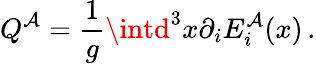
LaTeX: Q^{\mathcal{A}}=\frac{1}{{g}}\intd^{3}x\partial_{i}E_{i}^{\mathcal{A}}(x)\, .